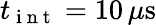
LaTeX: t_{\mathrm{~i~n~t~}}=10\, \mu\mathrm{{s}}